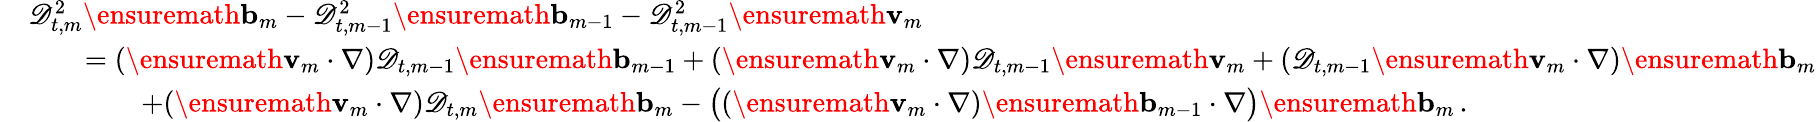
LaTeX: \begin{array}{rl}&{\mathscr{D}_{t,m}^{2}\ensuremath{\mathbf{b}}_{m}-\mathscr{D}_{t,m-1}^{2}\ensuremath{\mathbf{b}}_{m-1}-\mathscr{D}_{t,m-1}^{2}\ensuremath{\mathbf{v}}_{m}}\\ &{\qquad=(\ensuremath{\mathbf{v}}_{m}\cdot\nabla)\mathscr{D}_{t,m-1}\ensuremath{\mathbf{b}}_{m-1}+(\ensuremath{\mathbf{v}}_{m}\cdot\nabla)\mathscr{D}_{t,m-1}\ensuremath{\mathbf{v}}_{m}+(\mathscr{D}_{t,m-1}\ensuremath{\mathbf{v}}_{m}\cdot\nabla)\ensuremath{\mathbf{b}}_{m}}\\ &{\qquad\qquad+(\ensuremath{\mathbf{v}}_{m}\cdot\nabla)\mathscr{D}_{t,m}\ensuremath{\mathbf{b}}_{m}-\bigl((\ensuremath{\mathbf{v}}_{m}\cdot\nabla)\ensuremath{\mathbf{b}}_{m-1}\cdot\nabla\bigr)\ensuremath{\mathbf{b}}_{m}\, .}\end{array}